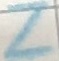
Text: Z